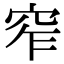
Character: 窄